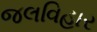
જલવિહાર